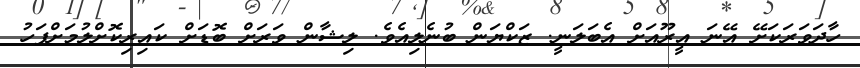
ހާދަވަރަކަށޭ އޭނަ އީރޫއަށް އެބަލަނީ. ޒަކްޔަން ބުނެލިއެވެ. ލިޝާން ވަރަށް ބޮޑަށް ކައިރިކޮށްލުމަށްފަހު